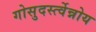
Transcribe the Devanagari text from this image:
गोसुदर्स्त्वेन्नोय